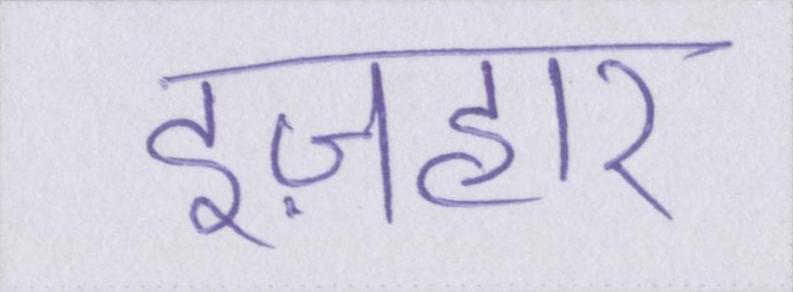
इज़हार